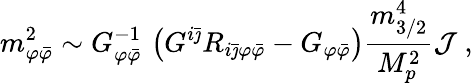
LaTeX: m_{\varphi{\bar{\varphi}}}^{2}\sim G_{\varphi{\bar{\varphi}}}^{-1}\, \left(G^{i{\bar{\jmath}}}R_{i{\bar{\jmath}}\varphi{\bar{\varphi}}}-G_{\varphi{\bar{\varphi}}}\right){\frac{m_{3/2}^{4}}{M_{p}^{2}}}{\cal J}\ ,